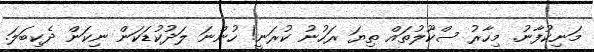
މަނިކުފާނު. މިހާރު ސްކޫލުތައް ތިޔަ ރަހުނު ކުރަނީ! ހުންނަ ލަދުކުޑަކަން ނިކަން ދެކިބަލަ.